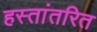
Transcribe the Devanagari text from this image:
हस्तांतरित